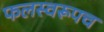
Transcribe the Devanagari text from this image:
फलस्वरूपच